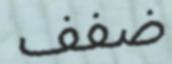
ضفف